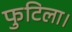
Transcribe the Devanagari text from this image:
फुटिला।